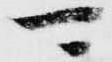
可